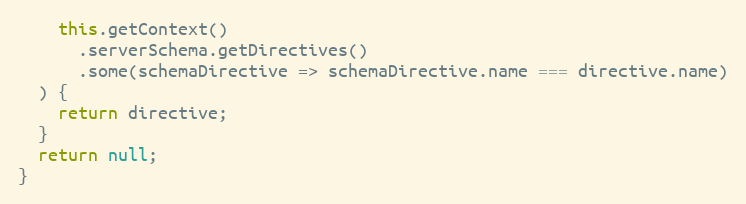
Language: JavaScript
    this.getContext()
      .serverSchema.getDirectives()
      .some(schemaDirective => schemaDirective.name === directive.name)
  ) {
    return directive;
  }
  return null;
}